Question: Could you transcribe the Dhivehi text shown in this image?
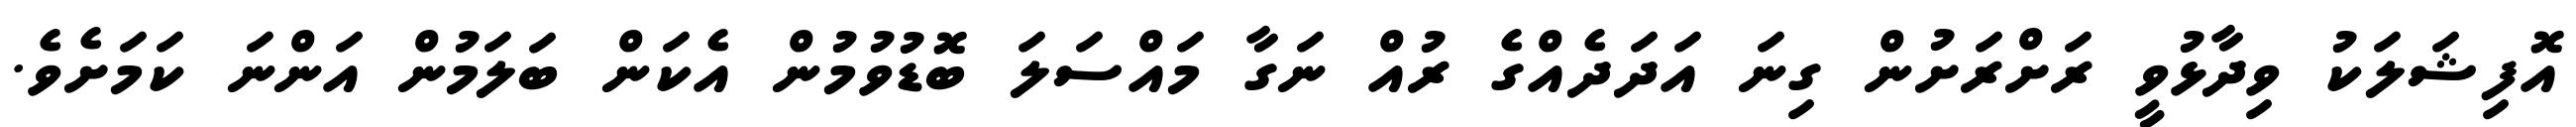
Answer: އޮފިޝަލަކު ވިދާޅުވީ ރަށްރަށުން ގިނަ އަދަދެއްގެ ރުއް ނަގާ މައްސަލަ ބޮޑުވުމުން އެކަން ބަލަމުން އަންނަ ކަމަށެވެ.